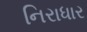
નિરાધાર